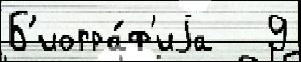
Б'иогра́ф'иjа   9